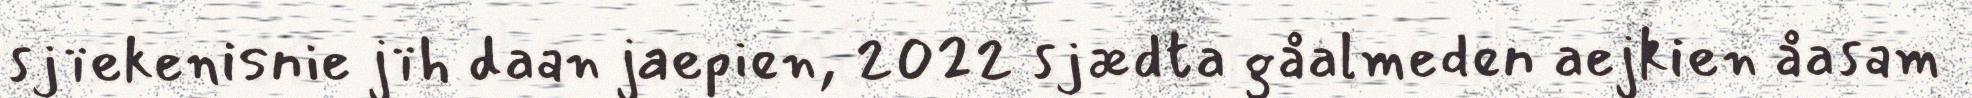
sjïekenisnie jïh daan jaepien, 2022 sjædta gåalmeden aejkien åasam